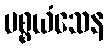
ပစ္စယံသေန